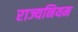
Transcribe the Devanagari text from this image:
राज्यनियम